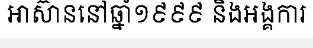
អាស៊ាននៅឆ្នាំ១៩៩៩ និងអង្គការ